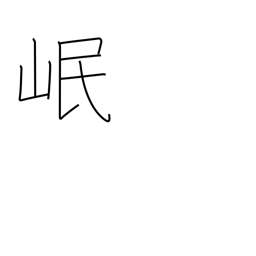
Meaning: name of a Chinese river